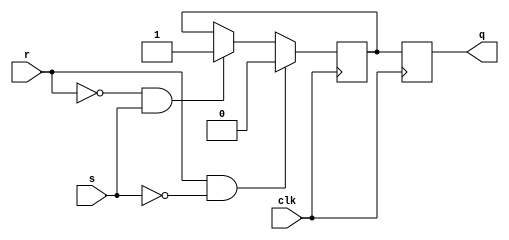
module sr_ff(
    input s, r, clk,
    output reg q
);

reg q_m;
always @(posedge clk) begin
    if(r && ~s)
        q_m <= 0;
    else if(~r && s)
        q_m <= 1;
end

always @(posedge clk) begin
    q <= q_m;
end

endmodule